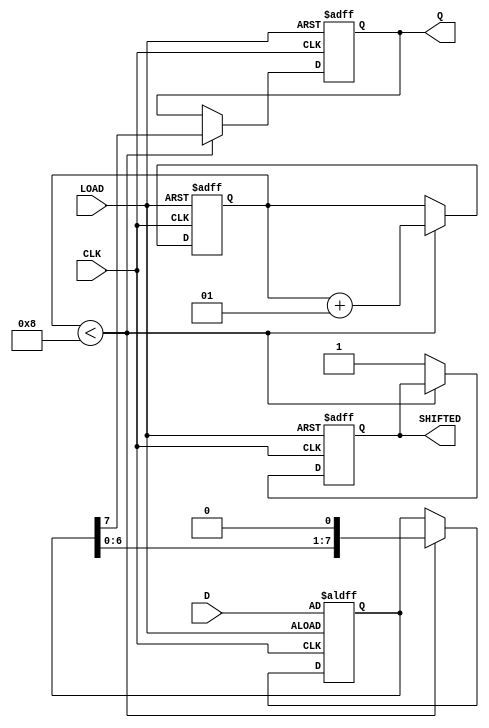
module PISO_Register (
    input wire [7:0] D,      // 8-bit data input
    input wire LOAD,         // Load control signal
    input wire CLK,          // Clock signal
    output reg Q,            // Serial output
    output reg SHIFTED       // Signal indicating when data has been shifted out
);

    reg [7:0] shift_reg;     // Internal 8-bit register to hold data
    integer count;           // Counter for the number of bits shifted out

    // Asynchronous logic for loading data into the shift register
    always @(posedge CLK or posedge LOAD) begin
        if (LOAD) begin
            shift_reg <= D;   // Load data into the register
            Q <= 1'b0;        // Set Q to a known state (logic low)
            count <= 0;       // Reset the counter
            SHIFTED <= 1'b0;  // Reset shifted indicator
        end else begin
            if (count < 8) begin
                Q <= shift_reg[7]; // Shift out the MSB
                shift_reg <= {shift_reg[6:0], 1'b0}; // Shift left
                count <= count + 1; // Increment the counter
            end else begin
                SHIFTED <= 1'b1; // Indicate that shifting is complete
            end
        end
    end

endmodule